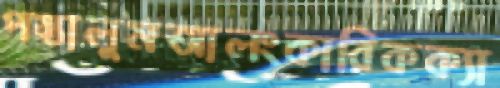
পস্তালুমআলংকারিকক্যা